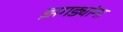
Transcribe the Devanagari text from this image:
झगड्यांना